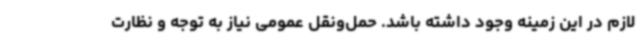
لازم در این زمینه وجود داشته باشد. حمل‌ونقل عمومی نیاز به توجه و نظارت